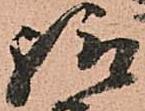
給